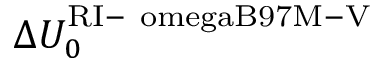
\Delta U _ { 0 } ^ { \mathrm { R I - \ o m e g a B 9 7 M - V } }